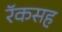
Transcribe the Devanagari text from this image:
रॅकसह